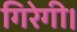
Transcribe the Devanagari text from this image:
गिरेगी।